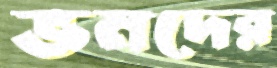
ভনদের